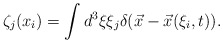
\begin{align*}\zeta_j(x_i)=\int d^3 \xi \xi_j\delta(\vec x-\vec x(\xi_i,t)).\end{align*}